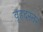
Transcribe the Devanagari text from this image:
वृहदस्तर